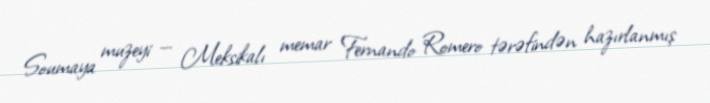
Soumaya muzeyi — Meksikalı memar Fernando Romero tərəfindən hazırlanmış